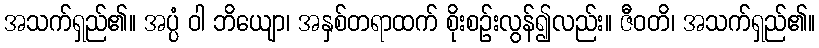
အသက်ရှည်၏။ အပ္ပံ ဝါ ဘိယျော၊ အနှစ်တရာထက် စိုးစဉ်းလွန်၍လည်း။ ဇီဝတိ၊ အသက်ရှည်၏။